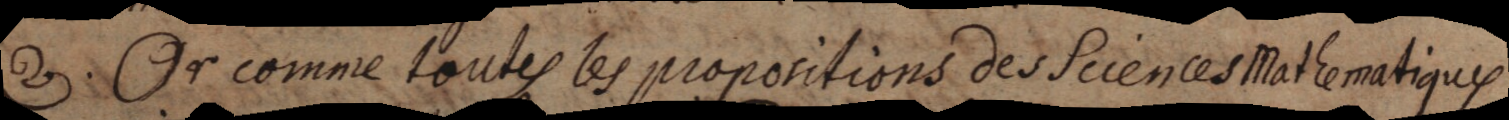
2. Or comme toutes les propositions des Sciences Matlematiques